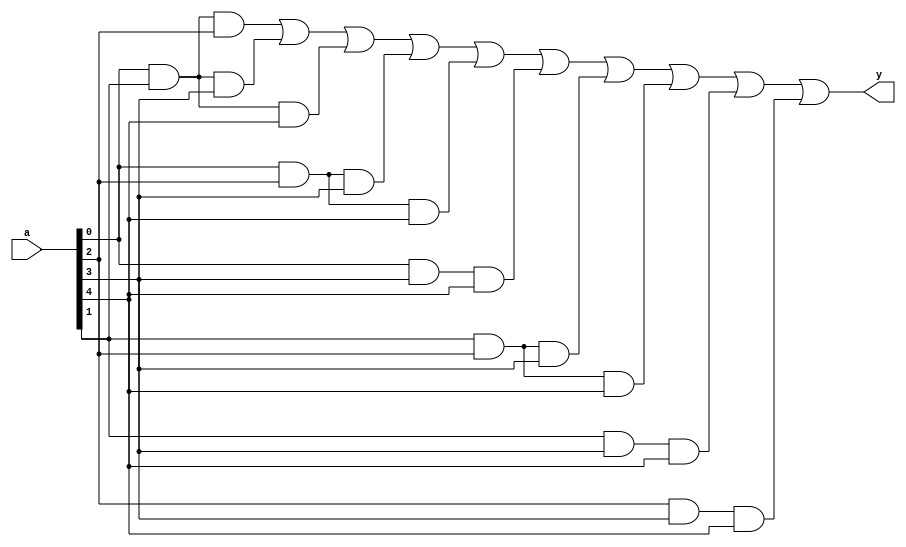
`timescale 1ns / 1ps

module mg_5(a,y);
input [4:0]a;
output y;
wire [9:0]x;
and u0(x[0],a[0],a[1],a[2]);
and u1(x[1],a[0],a[1],a[3]);
and u2(x[2],a[0],a[1],a[4]);
and u3(x[3],a[0],a[2],a[3]);
and u4(x[4],a[0],a[2],a[4]);
and u5(x[5],a[0],a[3],a[4]);
and u6(x[6],a[1],a[2],a[3]);
and u7(x[7],a[1],a[2],a[4]);
and u8(x[8],a[1],a[3],a[4]);
and u9(x[9],a[2],a[3],a[4]);
or u10(y,x[0],x[1],x[2],x[3],x[4],x[5],x[6],x[7],x[8],x[9]);
endmodule